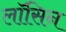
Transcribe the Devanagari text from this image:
लॉसिन